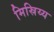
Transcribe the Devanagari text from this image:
मिस्रिय्य